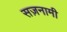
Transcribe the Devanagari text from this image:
सज़नामी